Annual administration report of the Civil Veterinary Department of India - 1892-1893
Year: 1892
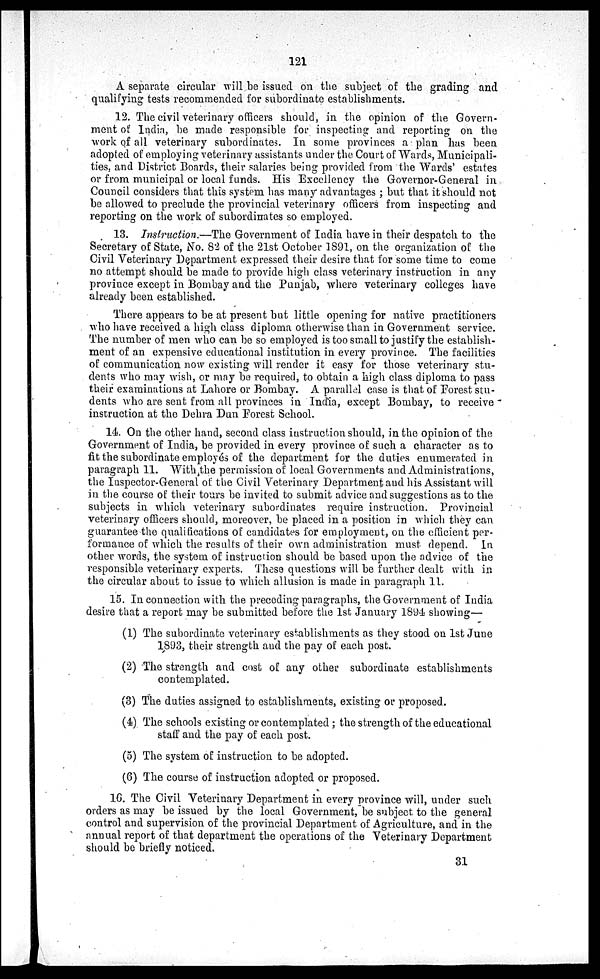
121
A separate circular will be issued on the subject of the grading and
qualifying tests recommended for subordinate establishments.
12. The civil veterinary officers should, in the opinion of the Govern-
ment of India, be made responsible for inspecting and reporting on the
work of all veterinary subordinates. In some provinces a plan has been
adopted of employing veterinary assistants under the Court of Wards, Municipali-
ties, and District Boards, their salaries being provided from the Wards' estates
or from municipal or local funds. His Excellency the Governor-General in
Council considers that this system has many advantages; but that, it should not
be allowed to preclude the provincial veterinary officers from inspecting and
reporting on the work of subordinates so employed.
13. Instruction.—The Government of India have in their despatch to the
Secretary of State, No. 82 of the 21st October 1891, on the organization of the
Civil Veterinary Department expressed their desire that for some time to come
no attempt should be made to provide high class veterinary instruction in any
province except in Bombay and the Punjab, where veterinary colleges have
already been established.
There appears to be at present but little opening for native practitioners
who have received a high class diploma otherwise than in Government service.
The number of men who can be so employed is too small to justify the establish-
ment of an expensive educational institution in every province. The facilities
of communication now existing will render it easy for those veterinary stu-
dents who may wish, or may be required, to obtain a high class diploma to pass
their examinations at Lahore or Bombay. A parallel case is that of Forest stu-
dents who are sent from all provinces in India, except Bombay, to receive
instruction at the Dehra Dun Forest School.
14. On the other hand, second class instruction should, in the opinion of the
Government of India, be provided in every province of such a character as to
fit the subordinate employés of the department for the duties enumerated in
paragraph 11. With the permission of local Governments and Administrations,
the Inspector-General of the Civil Veterinary Department and his Assistant will
in the course of their tours be invited to submit advice and suggestions as to the
subjects in which veterinary subordinates require instruction. Provincial
veterinary officers should, moreover, be placed in a position in which they can
guarantee the qualifications of candidates for employment, on the efficient per-
formance of which the results of their own administration must depend. In
other words, the system of instruction should be based upon the advice of the
responsible veterinary experts. These questions will be further dealt with in
the circular about to issue to which allusion is made in paragraph 11.
15. In connection with the preceding paragraphs, the Government of India
desire that a report may be submitted before the 1st January 1894 showing—
(1) The subordinate veterinary establishments as they stood on 1st June
1893, their strength and the pay of each post.
(2) The strength and cost of any other subordinate establishments
contemplated.
(3) The duties assigned to establishments, existing or proposed.
(4) The schools existing or contemplated; the strength of the educational
staff and the pay of each post.
(5) The system of instruction to be adopted.
(6) The course of instruction adopted or proposed.
16. The Civil Veterinary Department in every province will, under such
orders as may be issued by the local Government, be subject to the general
control and supervision of the provincial Department of Agriculture, and in the
annual report of that department the operations of the Veterinary Department
should be briefly noticed.
31